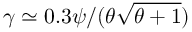
\gamma \simeq 0 . 3 \psi / ( \theta \sqrt { \theta + 1 } )